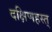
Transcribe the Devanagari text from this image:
दक्षिणहस्त्